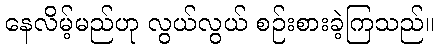
နေလိမ့်မည်ဟု လွယ်လွယ် စဉ်းစားခဲ့ကြသည်။